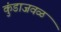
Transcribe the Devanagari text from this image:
कुंडाजवळ